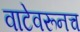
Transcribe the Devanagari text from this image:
वाटेवरूनच